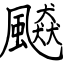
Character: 飇